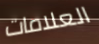
العلامات